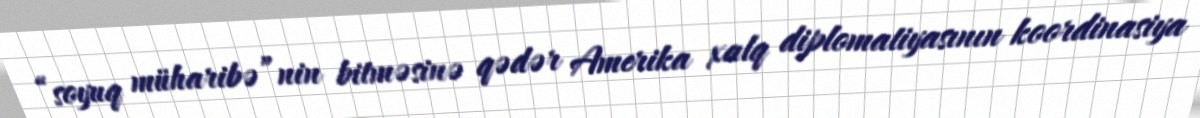
“soyuq müharibə”nin bitməsinə qədər Amerika xalq diplomatiyasının koordinasiya